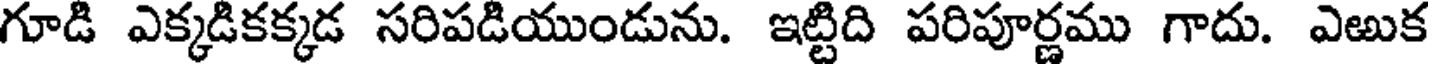
గూడి ఎక్కడికక్కడ సరిపడియుండును. ఇట్టిది పరిపూర్ణము గాదు. ఎఱుక